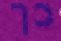
כך